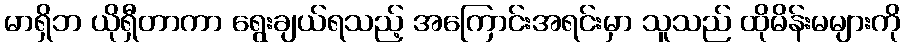
မာရှိဘ ယိုရှီတာကာ ရွေးချယ်ရသည့် အကြောင်းအရင်းမှာ သူသည် ထိုမိန်းမများကို